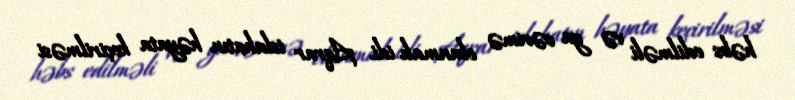
həbs edilməli və ya cərimə olunmalı idi. Aqrar islahatın həyata keçirilməsi